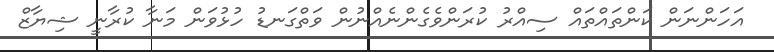
އަހަންނަން ކަންތައްތައް ސިއްރު ކުރަންވެގެންނެއްނުން ވަތްގަނޑު ހުޅުވަން މަނާ ކުރާނީ ޝިޔާޒް